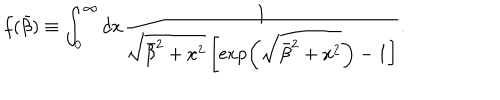
f ( \bar { \beta } ) \equiv \int _ { 0 } ^ { \infty } d x \frac { 1 } { \sqrt { \bar { \beta } ^ { 2 } + x ^ { 2 } } \left[ \exp \left( \sqrt { \bar { \beta } ^ { 2 } + x ^ { 2 } } \right) - 1 \right] } .